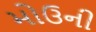
મોઉની